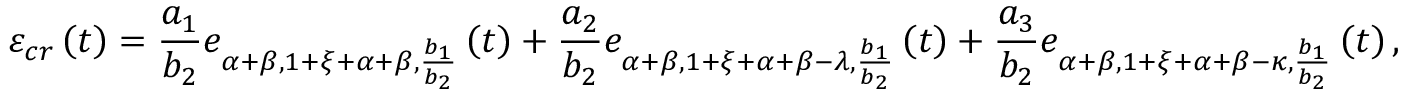
\varepsilon _ { c r } \left( t \right) = \frac { a _ { 1 } } { b _ { 2 } } e _ { \alpha + \beta , 1 + \xi + \alpha + \beta , \frac { b _ { 1 } } { b _ { 2 } } } \left( t \right) + \frac { a _ { 2 } } { b _ { 2 } } e _ { \alpha + \beta , 1 + \xi + \alpha + \beta - \lambda , \frac { b _ { 1 } } { b _ { 2 } } } \left( t \right) + \frac { a _ { 3 } } { b _ { 2 } } e _ { \alpha + \beta , 1 + \xi + \alpha + \beta - \kappa , \frac { b _ { 1 } } { b _ { 2 } } } \left( t \right) ,